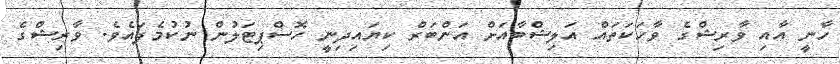
ހާނީ އާއި ވާރިޝްގެ ވާހަކަތައް އަލިޝްބާއަށް އަންބަރް ކިޔައިދިނީ ހޮސްޕިޓަލުން ނުކުމެފައެވެ. ވާރިޝްގެ